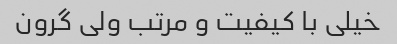
خیلی با کیفیت و مرتب ولی گرون